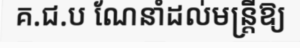
គ.ជ.ប ណែនាំដល់មន្ត្រីឱ្យ